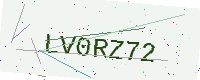
Text: LV0RZ72